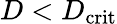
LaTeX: D<D_{\mathrm{crit}}